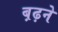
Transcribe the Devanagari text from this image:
ब़ढ़ने